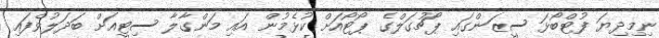
ނިމިދިޔަ ފުޓްބޯޅަ ސީޒަންގައި ޕޯޗުގަލްގެ ޕޯޓޯއަށް ކުޅެމުން އައި މަންގާލާ ސިޓީއަށް ބަދަލުވެފައި